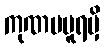
ကုဏပပူရမှိ